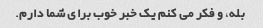
بله، و فکر می کنم یک خبر خوب برای شما دارم.